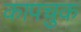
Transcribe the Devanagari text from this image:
कापचुक